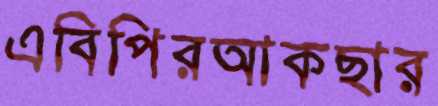
এবিপিরআকছার